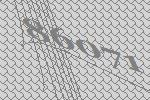
86071